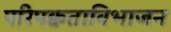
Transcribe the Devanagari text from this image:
परिपक्वताविभाजन